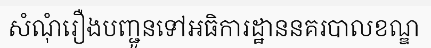
សំណុំរឿងបញ្ជូនទៅអធិការដ្ឋាននគរបាលខណ្ឌ